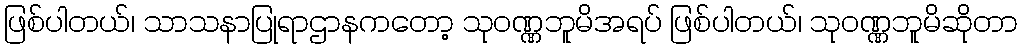
ဖြစ်ပါတယ်၊ သာသနာပြုရာဌာနကတော့ သုဝဏ္ဏဘူမိအရပ် ဖြစ်ပါတယ်၊ သုဝဏ္ဏဘူမိဆိုတာ